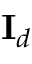
\mathbf { I } _ { d }